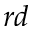
^ { r d }